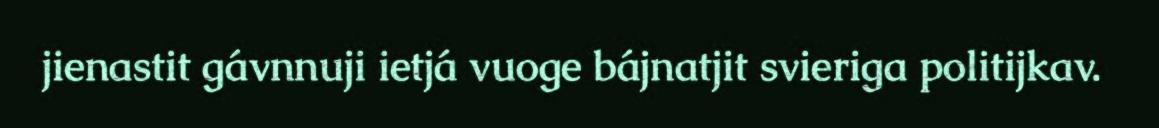
jienastit gávnnuji ietjá vuoge bájnatjit svieriga politijkav.